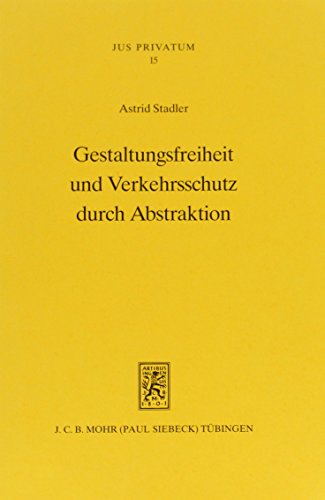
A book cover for Gestaltungsfreiheit Und Verkehrsschutz Durch Abstraktion: Eine Rechtsvergleichende Studie Zur Abstrakten Und Kausalen Gestaltung Rechtsgeschaftlicher ... Osterre (Jus Privatum) (German Edition); Astrid Stadler; Law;